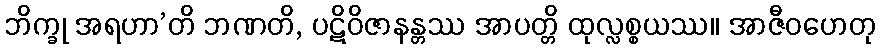
ဘိက္ခု အရဟာ’တိ ဘဏတိ, ပဋိဝိဇာနန္တဿ အာပတ္တိ ထုလ္လစ္စယဿ။ အာဇီဝဟေတု